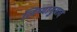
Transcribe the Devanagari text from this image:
लिप्यानुवाद